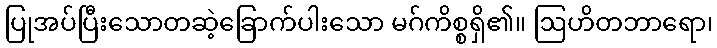
ပြုအပ်ပြီးသောတဆဲ့ခြောက်ပါးသော မဂ်ကိစ္စရှိ၏။ ဩဟိတဘာရော၊